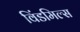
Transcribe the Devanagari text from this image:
विंडमिल्स